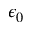
\epsilon _ { 0 }